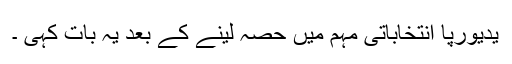
یدیورپا انتخاباتی مہم میں حصہ لینے کے بعد یہ بات کہی ۔